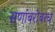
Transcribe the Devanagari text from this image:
सणांबरोबरच